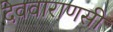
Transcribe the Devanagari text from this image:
देववाराणसी